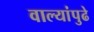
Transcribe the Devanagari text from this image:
वाल्यांपुढे